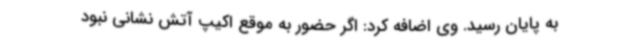
به پایان رسید. وی اضافه کرد: اگر حضور به موقع اکیپ آتش نشانی نبود